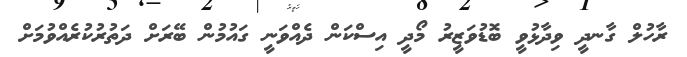
ރާހުލް ގާނދީ ވިދާޅުވީ ބޮޑުވަޒީރު މޯދީ އިސްކަން ދެއްވަނީ ގައުމުން ބޭރަށް ދަތުރުކުރެއްވުމަށް